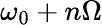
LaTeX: \omega_{0}+n\Omega